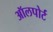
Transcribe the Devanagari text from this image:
ऑलपोर्ट